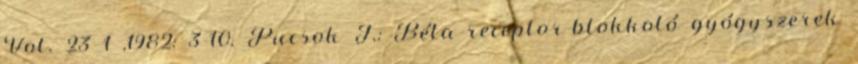
Vol. 23 1 ,1982: 3-10. Pucsok J.: Béta-receptor-blokkoló gyógyszerek